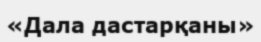
«Дала дастарқаны»